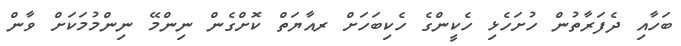
ބަހާއި ދެފަރާތުން ހުށަހެޅި ހެކީންގެ ހެކިބަހަށް ރއާޔަތް ކޮށްގެން ނިންމޭ ނިންމުމަކަށް ވާން